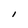
Character: I